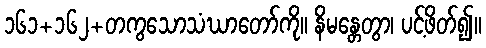
၁၆၁+၁၆၂+တကွသောသံဃာတော်ကို။ နိမန္တေတွာ၊ ပင့်ဖိတ်၍။